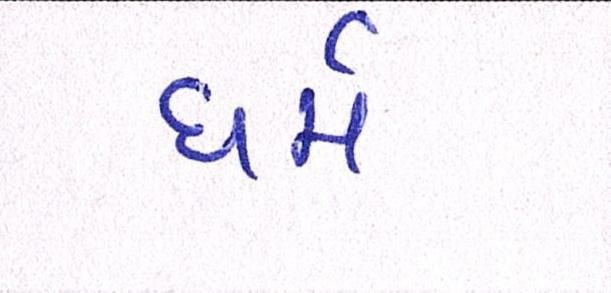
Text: ધર્મ